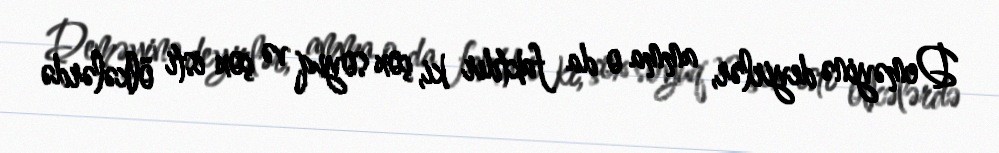
Deməyinə deyirlər, amma o da faktdır ki, çox soyuq və çox isti ölkələrdə